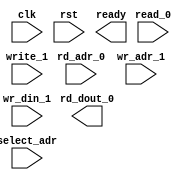
module mem_1r1w (
  clk, rst, ready,
  select_adr,
  read_0,  rd_adr_0, rd_dout_0,
  write_1, wr_adr_1, wr_din_1
);

parameter NUMADDR = 8;
parameter BITADDR = 3;
parameter BITDATA = 1;
parameter SRAM_DELAY = 0;

//Reset init logic.
parameter RSTINIT = 0; 
parameter RSTSTRT = 0;
parameter RSTINCR = 0;

//Used only for formal. 
parameter FORMAL_FULL = 0;

input                 clk;
input                 rst;
output                ready;
input                 read_0;
input  [BITADDR-1:0]  rd_adr_0;
output [BITDATA-1:0]  rd_dout_0;
input                 write_1;
input  [BITADDR-1:0]  wr_adr_1;
input  [BITDATA-1:0]  wr_din_1;
input  [BITADDR-1:0]  select_adr;

`ifdef FORMAL
assign ready = !rst;

generate if(FORMAL_FULL) begin : full_formal
  wire [BITDATA-1:0]  rd_dout_0_tmp;
  reg [BITDATA-1:0] mem [0:NUMADDR-1];
  always @(posedge clk)
    if (rst)
      for (integer i=0; i<NUMADDR; i++)
        mem[i] <= RSTINIT ? RSTSTRT + i*RSTINCR : 'hx;
    else 
      if (write_1)
        mem[wr_adr_1] <= wr_din_1;
  shift #(.BITDATA(BITDATA), .DELAY(SRAM_DELAY)) delay_0(.clk(clk), .din({mem[rd_adr_0]}), .dout({rd_dout_0_tmp}));
  assume_mem_dout_0_check: assume property (@(posedge clk) disable iff(rst) read_0 |-> ##SRAM_DELAY rd_dout_0 == rd_dout_0_tmp);
end
else begin : select_formal
  wire [BITDATA-1:0]  rd_dout_tmp;
  reg [BITDATA-1:0] mem;
  always @(posedge clk)
    if (rst)
      mem <= RSTINIT ? RSTSTRT : 'hx;
    else 
      if (write_1 && (wr_adr_1==select_adr))
        mem <= wr_din_1;

  shift #(.BITDATA(BITDATA), .DELAY(SRAM_DELAY)) delay_0(.clk(clk), .din({mem}), .dout({rd_dout_tmp}));
  assume_mem_dout_0_check: assume property (@(posedge clk) disable iff(rst) read_0 && rd_adr_0==select_adr |-> ##SRAM_DELAY rd_dout_0 == rd_dout_tmp);
end
endgenerate
`endif

endmodule